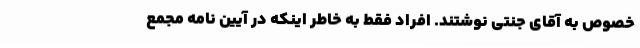
خصوص به آقای جنتی نوشتند. افراد فقط به خاطر اینکه در آیین نامه مجمع